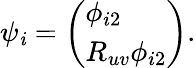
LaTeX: \psi_{\mathit{i}}=\left(\begin{array}{l}{{\phi_{i2}}}\\ {{R_{uv}\phi_{i2}}}\end{array}\right).